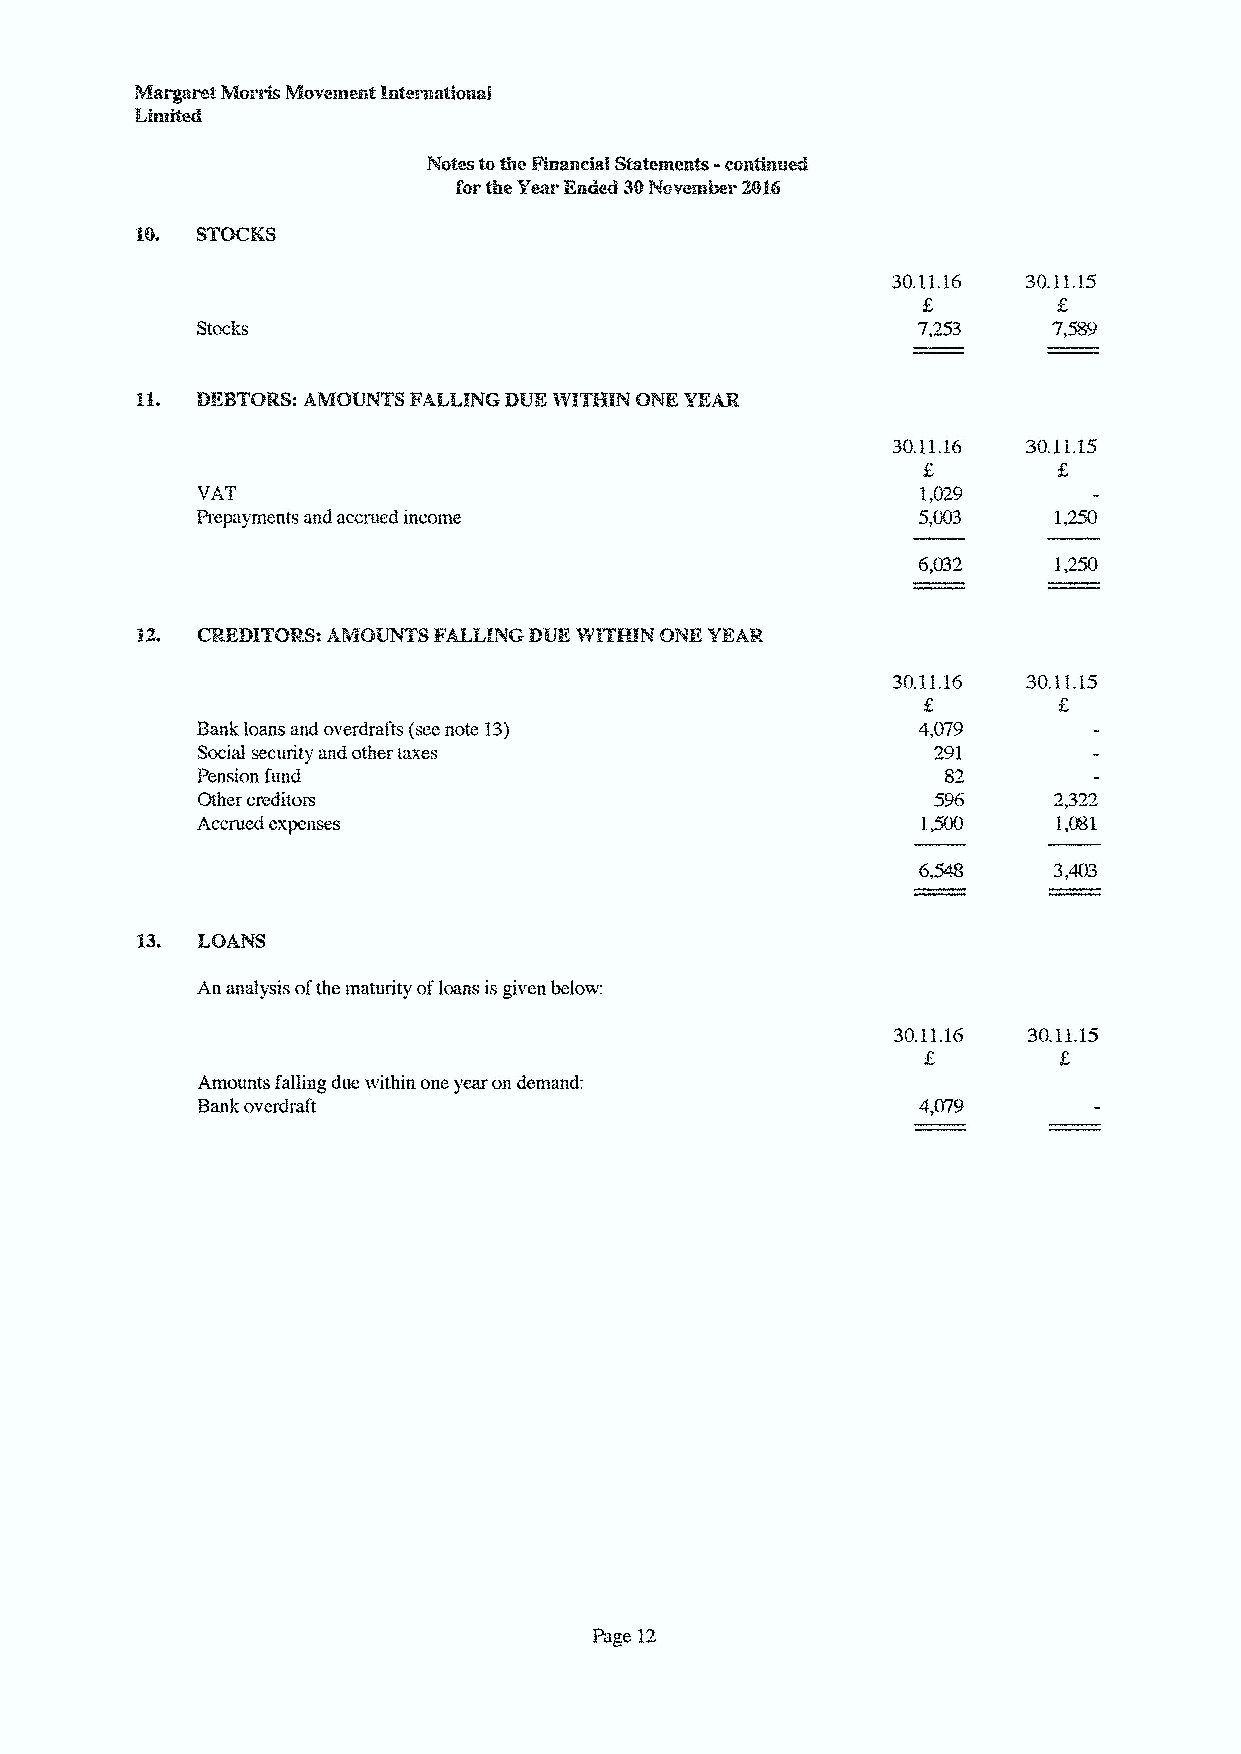
M.  STOCKS
 30.11.16 30.11.15
 7,253    7,5S9
 30.11.16
 1,029
 5,003
 1,250
 30.11.16 30.11.15
 Bank loans and overdrafts (see note 13)         4,079
 Social security and other taxes                  291
 Pension fund                                     S2
 Other creditors                                  596     2,322
 Accrued expenses                                1,500    1,081
 An analysis ofthe maturity ofloans isgiven below:
 30.11.16
 Amounts falling due within one year on demand:
 Bank overdral't